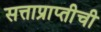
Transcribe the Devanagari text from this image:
सत्ताप्राप्तीची